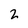
Character: 2